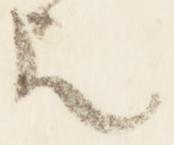
歟